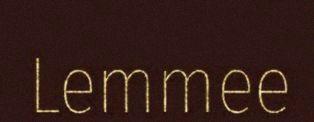
Lemmee